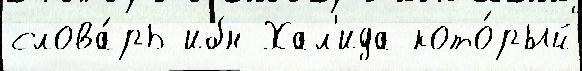
слова́рь ибн Хал'ида кото́рый